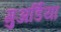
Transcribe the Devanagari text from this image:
गुअर्डिया